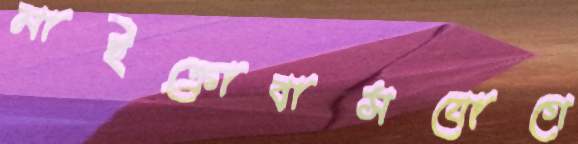
মাইক্রোবাসযোগে